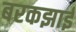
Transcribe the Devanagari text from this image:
बरकझाई